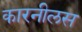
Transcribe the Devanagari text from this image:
कारनीलस